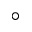
^ \circ